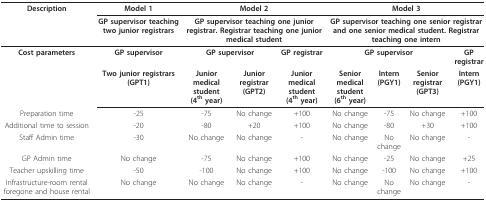
<table><thead><tr><td><b>Description</b></td><td><b>Model 1</b></td><td colspan="3"><b>Model 2</b></td><td colspan="4"><b>Model 3</b></td></tr><tr><td></td><td><b>GP supervisor teaching two junior registrars</b></td><td colspan="3"><b>GP supervisor teaching one junior registrar. Registrar teaching one junior medical student</b></td><td colspan="4"><b>GP supervisor teaching one senior registrar and one senior medical student. Registrar teaching one intern</b></td></tr></thead><tbody><tr><td><b>Cost parameters</b></td><td><b>GP supervisor</b></td><td colspan="2"><b>GP supervisor</b></td><td><b>GP registrar</b></td><td colspan="3"><b>GP supervisor</b></td><td><b>GP registrar</b></td></tr><tr><td></td><td><b>Two junior registrars (GPT1)</b></td><td><b>Junior medical student</b><b>(4<sup>th </sup>year)</b></td><td><b>Junior registrar (GPT2)</b></td><td><b>Junior medical student</b><b>(4<sup>th </sup>year)</b></td><td><b>Senior medical student</b><b>(6<sup>th </sup>year)</b></td><td><b>Intern</b><b>(PGY1)</b></td><td><b>Senior registrar (GPT3)</b></td><td><b>Intern (PGY1)</b></td></tr><tr><td>Preparation time</td><td>-25</td><td>-75</td><td>No change</td><td>+100</td><td>No change</td><td>-75</td><td>No change</td><td>+100</td></tr><tr><td>Additional time to session</td><td>-20</td><td>-80</td><td>+20</td><td>+100</td><td>No change</td><td>-80</td><td>+30</td><td>+100</td></tr><tr><td>Staff Admin time</td><td>-30</td><td>No change</td><td>No change</td><td>-</td><td>No change</td><td>No change</td><td>No change</td><td>-</td></tr><tr><td>GP Admin time</td><td>No change</td><td>-75</td><td>No change</td><td>+100</td><td>No change</td><td>-25</td><td>No change</td><td>+25</td></tr><tr><td>Teacher upskilling time</td><td>-50</td><td>-100</td><td>No change</td><td>+100</td><td>No change</td><td>-100</td><td>No change</td><td>+100</td></tr><tr><td>Infrastructure-room rental foregone and house rental</td><td>No change</td><td>No change</td><td>No change</td><td>-</td><td>No change</td><td>No change</td><td>No change</td><td>-</td></tr></tbody></table>